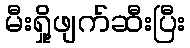
မီးရှို့ဖျက်ဆီးပြီး